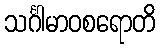
သင်္ဂါမာဝစရောတိ